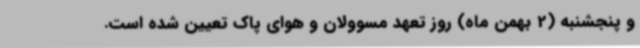
و پنجشنبه (2 بهمن ماه) روز تعهد مسوولان و هوای پاک تعیین شده است.